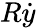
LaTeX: R\dot{y}